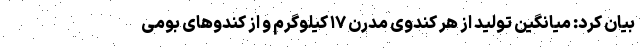
بیان کرد: میانگین تولید از هر کندوی مدرن ۱۷ کیلوگرم و از کندوهای بومی